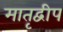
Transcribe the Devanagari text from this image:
मातृद्वीप